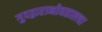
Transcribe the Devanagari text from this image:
गुदद्वाराभोवतालचा